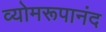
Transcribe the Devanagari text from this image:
व्योमरूपानंद